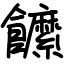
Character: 䭧